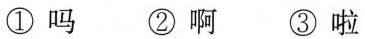
①吗 ②啊 ③啦